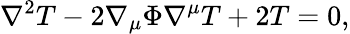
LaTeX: \nabla^{2}T-2\nabla_{\mu}\Phi\nabla^{\mu}T+2T=0,